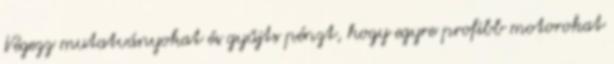
Végezz mutatványokat és gyűjts pénzt, hogy egyre profibb motorokat